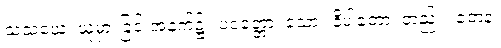
သံသယေ၊ ယုံမှားခြင်းအနက်၌။ ပဝတ္တော၊ သော။ နိပါတော၊ တည်း။ တေန၊